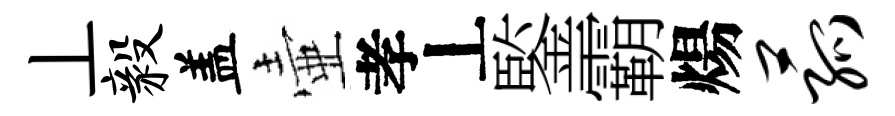
丄毅盖壷孝丄鍳霸煬菰